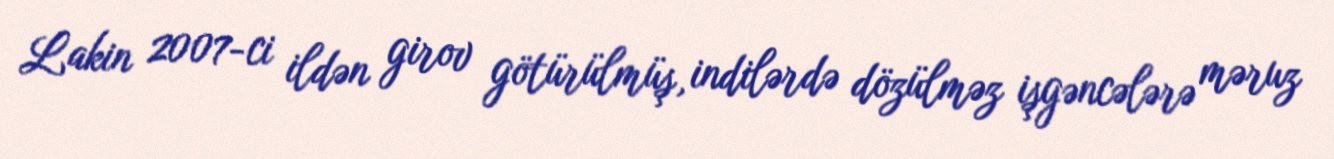
Lakin 2007-ci ildən girov götürülmüş, indilərdə dözülməz işgəncələrə məruz